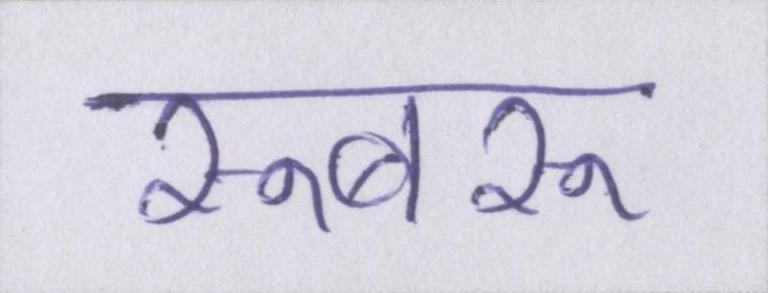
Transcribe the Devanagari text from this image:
रूबरू